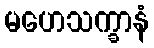
မဟေသက္ခာနံ